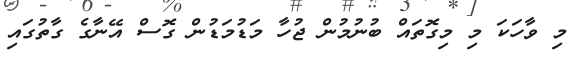
މި ވާހަކަ މި މިގޮތައް ބުނުމުން ޖުހާ މަޑުމަޑުން ގޮސް އޭނާގެ ގާތުގައި